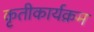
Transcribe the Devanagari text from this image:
कृतीकार्यक्रम